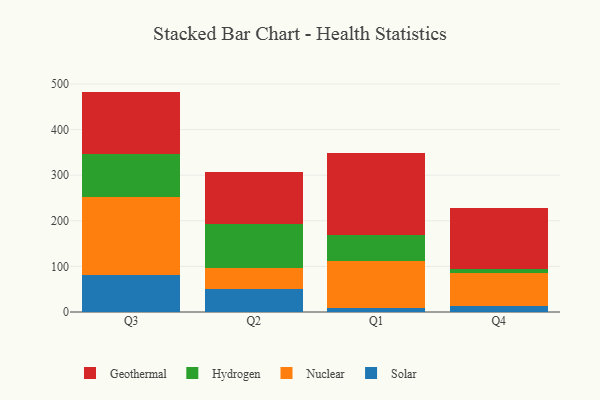
{"axis": {"x": "Quarter", "y": "Revenue (USD Million)"}, "legend": ["Geothermal", "Hydrogen", "Nuclear", "Solar"], "data": [{"x": "Q3", "y": 80.4, "type": "Solar"}, {"x": "Q3", "y": 171.6, "type": "Nuclear"}, {"x": "Q3", "y": 95.0, "type": "Hydrogen"}, {"x": "Q3", "y": 136.3, "type": "Geothermal"}, {"x": "Q2", "y": 50.5, "type": "Solar"}, {"x": "Q2", "y": 46.3, "type": "Nuclear"}, {"x": "Q2", "y": 96.5, "type": "Hydrogen"}, {"x": "Q2", "y": 114.2, "type": "Geothermal"}, {"x": "Q1", "y": 8.4, "type": "Solar"}, {"x": "Q1", "y": 103.1, "type": "Nuclear"}, {"x": "Q1", "y": 57.0, "type": "Hydrogen"}, {"x": "Q1", "y": 179.1, "type": "Geothermal"}, {"x": "Q4", "y": 14.2, "type": "Solar"}, {"x": "Q4", "y": 70.8, "type": "Nuclear"}, {"x": "Q4", "y": 10.1, "type": "Hydrogen"}, {"x": "Q4", "y": 132.7, "type": "Geothermal"}]}